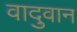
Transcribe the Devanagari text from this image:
वादुवान